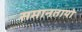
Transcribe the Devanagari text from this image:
समानतायो